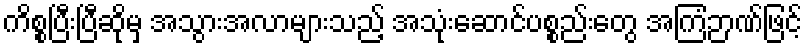
ကိစ္စပြီးပြီဆိုမှ အသွားအလာများသည့် အသုံးဆောင်ပစ္စည်းတွေ အကြံဉာဏ်ဖြင့်